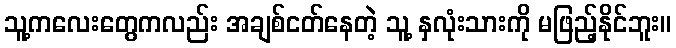
သူ့ကလေးတွေကလည်း အချစ်ငတ်နေတဲ့ သူ့ နှလုံးသားကို မဖြည့်နိုင်ဘူး။